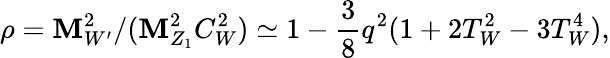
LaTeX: \rho=\mathbf{M}_{W^{\prime}}^{2}/(\mathbf{M}_{Z_{1}}^{2}C_{W}^{2})\simeq1-{\frac{{3}}{{8}}}q^{2}(1+2T_{W}^{2}-3T_{W}^{4}),